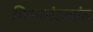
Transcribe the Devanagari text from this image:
किजमंडलांत